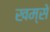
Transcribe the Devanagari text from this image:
खम्से